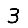
Digit: 3